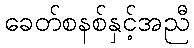
ခေတ်စနစ်နှင့်အညီ